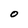
Character: O